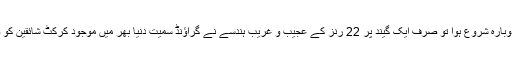
جب بارش کے بعد میچ دوبارہ شروع ہوا تو صرف ایک گیند پر 22 رنز کے عجیب و غریب ہندسے نے گراؤنڈ سمیت دنیا بھر میں موجود کرکٹ شائقین کو ورطہ حیرت میں ڈال دیا۔